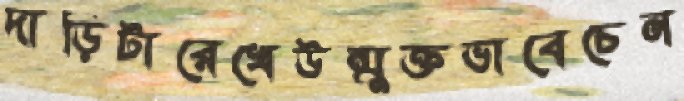
দাড়িটারেখেউন্মুক্তভাবেচেন